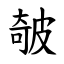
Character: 㿲